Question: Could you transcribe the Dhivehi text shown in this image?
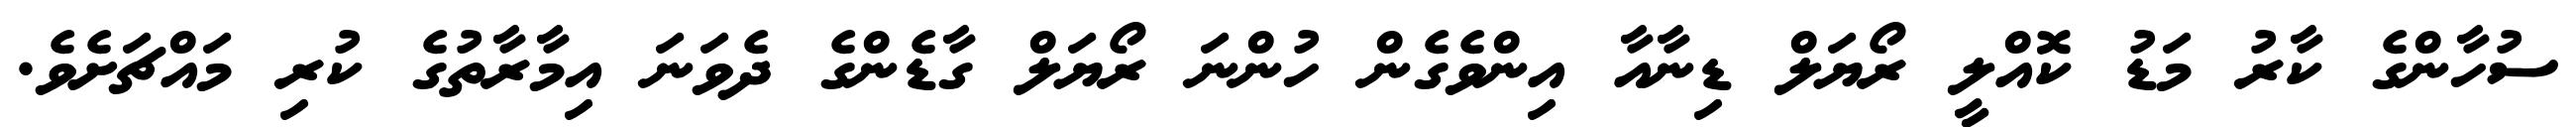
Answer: ސުހާންގެ ކާރު މަޑު ކޮއްލީ ރޯޔަލް ޑިނާއާ އިންވެގެން ހުންނަ ރޯޔަލް ގާޑެންގެ ދެވަނަ އިމާރާތުގެ ކުރި މައްޗަށެވެ.